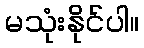
မသုံးနိုင်ပါ။